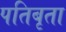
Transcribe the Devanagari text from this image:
पतिबृता